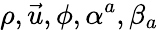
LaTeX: \rho,\vec{u},\phi,\alpha^{a},\beta_{a}